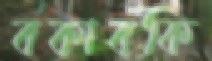
বকাবকি